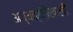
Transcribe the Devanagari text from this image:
अध्यक्षेतेखाली